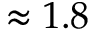
\approx 1 . 8